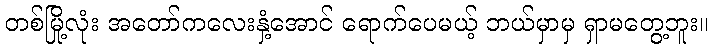
တစ်မြို့လုံး အတော်ကလေးနှံ့အောင် ရောက်ပေမယ့် ဘယ်မှာမှ ရှာမတွေ့ဘူး။